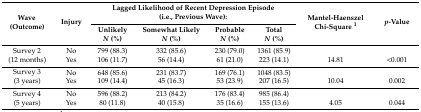
<table><thead><tr><td rowspan="2"><b>Wave (Outcome)</b></td><td rowspan="2"><b>Injury</b></td><td colspan="4"><b>Lagged Likelihood of Recent Depression Episode (i.e., Previous Wave):</b></td><td rowspan="2"><b>Mantel-Haenszel Chi-Square <sup>1</sup></b></td><td rowspan="2"><b><i>p</i>-Value</b></td></tr><tr><td><b>Unlikely <i>N</i> (%)</b></td><td><b>Somewhat Likely <i>N</i> (%)</b></td><td><b>Probable <i>N</i> (%)</b></td><td><b>Total <i>N</i> (%)</b></td></tr></thead><tbody><tr><td rowspan="2">Survey 2 (12 months)</td><td>No</td><td>799 (88.3)</td><td>332 (85.6)</td><td>230 (79.0)</td><td>1361 (85.9)</td><td></td><td></td></tr><tr><td>Yes</td><td>106 (11.7)</td><td>56 (14.4)</td><td>61 (21.0)</td><td>223 (14.1)</td><td>14.81</td><td>&lt;0.001</td></tr><tr><td rowspan="2">Survey 3 (3 years)</td><td>No</td><td>648 (85.6)</td><td>231 (83.7)</td><td>169 (76.1)</td><td>1048 (83.5)</td><td></td><td></td></tr><tr><td>Yes</td><td>109 (14.4)</td><td>45 (16.3)</td><td>53 (23.9)</td><td>207 (16.5)</td><td>10.04</td><td>0.002</td></tr><tr><td rowspan="2">Survey 4 (5 years)</td><td>No</td><td>596 (88.2)</td><td>213 (84.2)</td><td>176 (83.4)</td><td>985 (86.4)</td><td></td><td></td></tr><tr><td>Yes</td><td>80 (11.8)</td><td>40 (15.8)</td><td>35 (16.6)</td><td>155 (13.6)</td><td>4.05</td><td>0.044</td></tr></tbody></table>